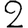
Digit: 2